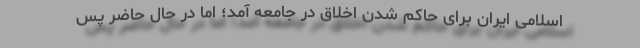
اسلامی ایران برای حاکم شدن اخلاق در جامعه آمد؛ اما در حال حاضر پس